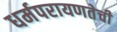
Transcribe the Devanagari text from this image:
धर्मपरायणतेची